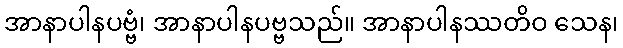
အာနာပါနပဗ္ဗံ၊ အာနာပါနပဗ္ဗသည်။ အာနာပါနဿတိဝ သေန၊